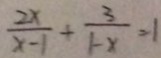
\frac { 2 x } { x - 1 } + \frac { 3 } { 1 - x } = 1